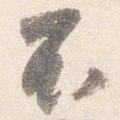
不